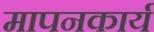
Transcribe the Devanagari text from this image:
मापनकार्य